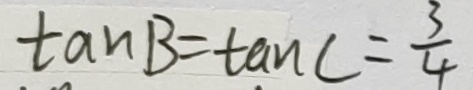
\tan B = \tan C = \frac { 3 } { 4 }